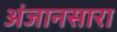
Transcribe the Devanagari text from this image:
अंजानसारा